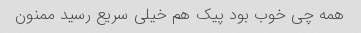
همه چی خوب بود پیک هم خیلی سریع رسید ممنون